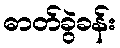
ဓာတ်ခွဲခန်း